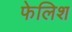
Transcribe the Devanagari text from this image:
फेलिश